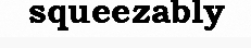
squeezably